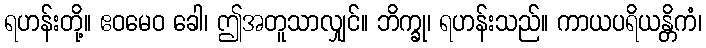
ရဟန်းတို့။ ဧဝမေဝ ခေါ၊ ဤအတူသာလျှင်။ ဘိက္ခု၊ ရဟန်းသည်။ ကာယပရိယန္တိကံ၊